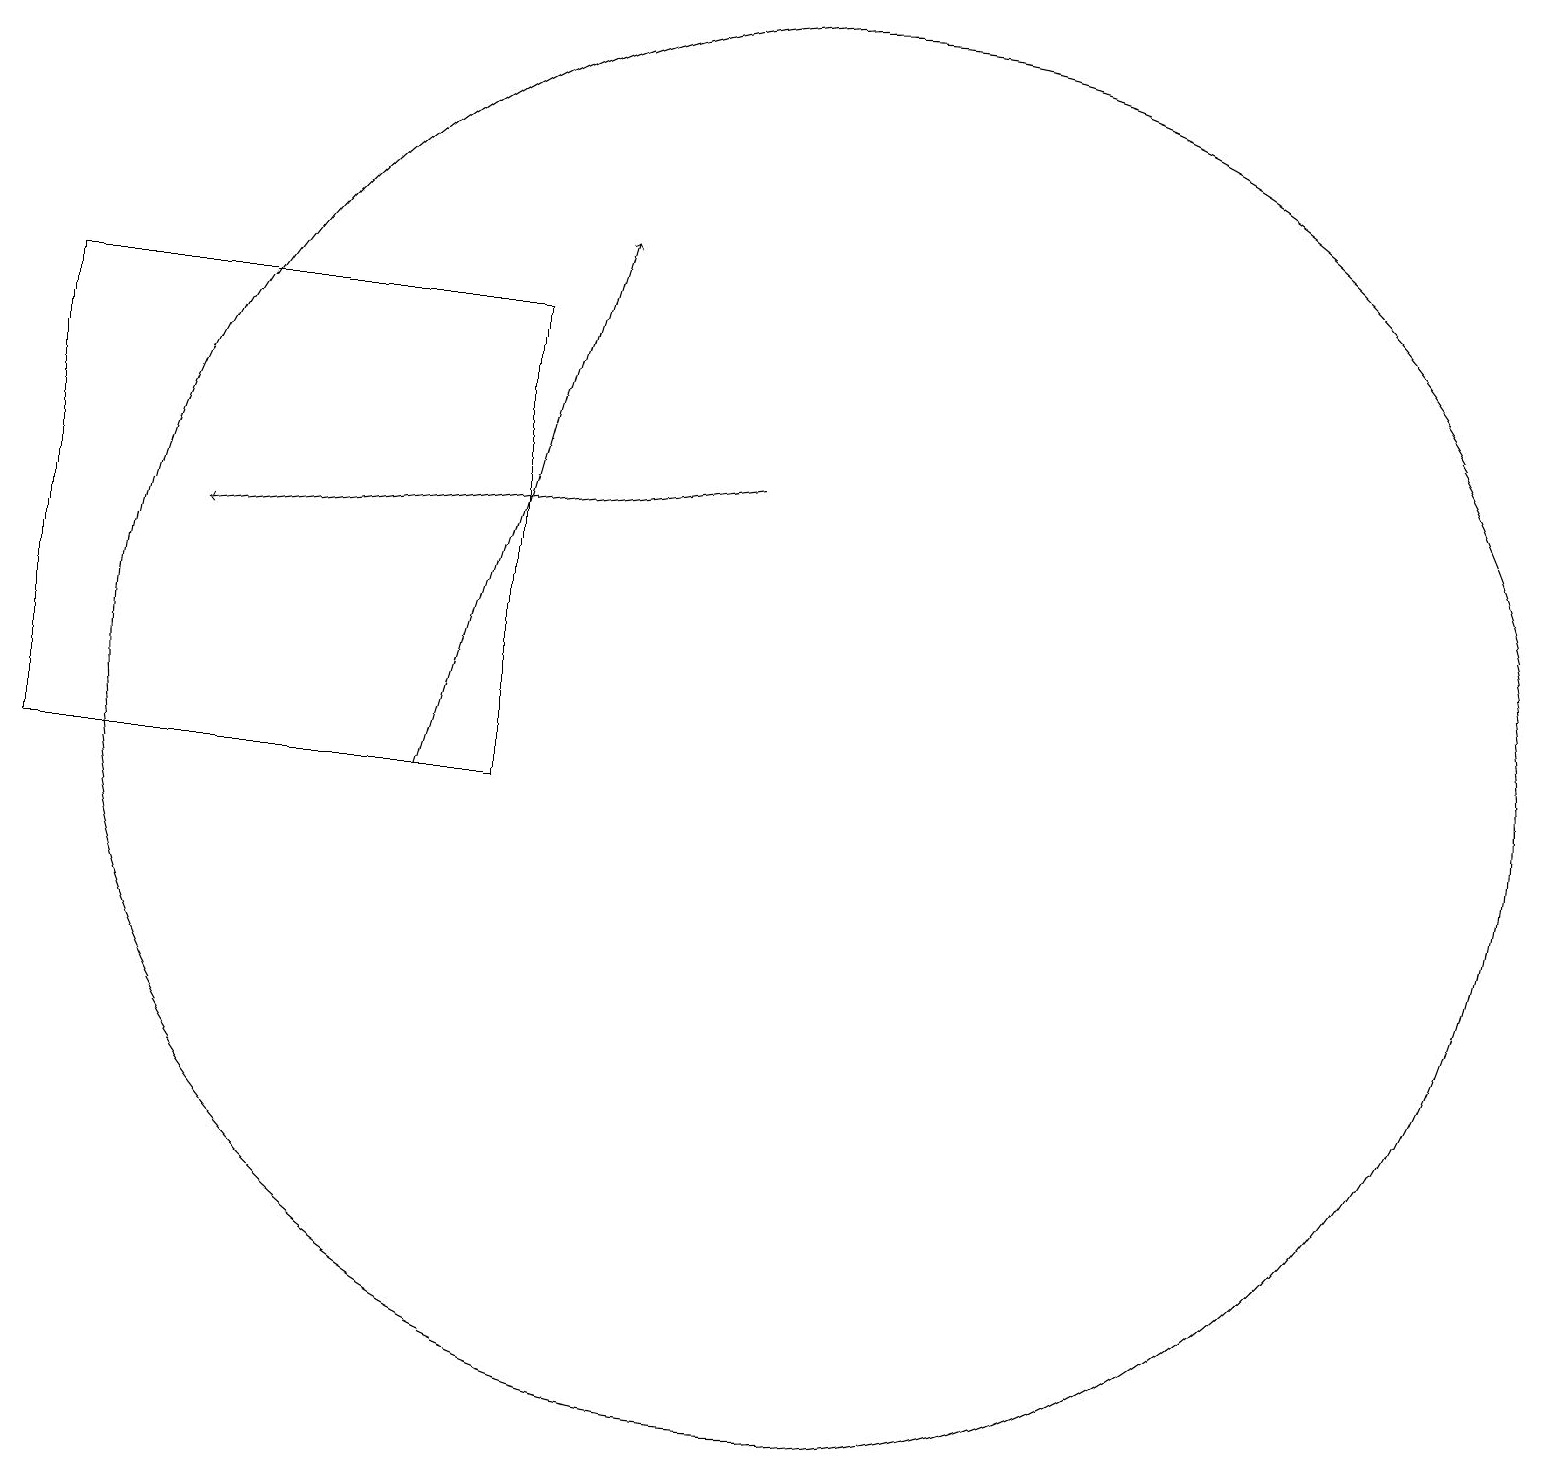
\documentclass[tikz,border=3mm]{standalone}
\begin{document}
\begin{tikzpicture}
\draw (10,11) circle (9);
\draw[->] (5,10) -- (7,17);
\draw[->] (9,14) -- (2,13);
\draw (6,16) rectangle (0,10);
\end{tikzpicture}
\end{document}